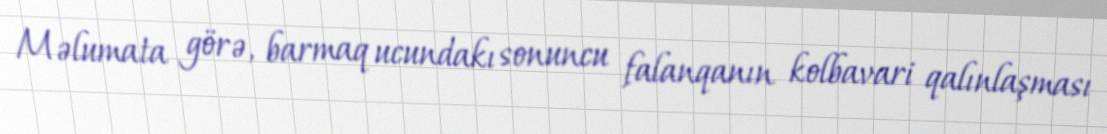
Məlumata görə, barmaq ucundakı sonuncu falanqanın kolbavari qalınlaşması